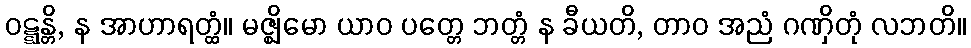
ဝဋ္ဋန္တိ, န အာဟာရတ္ထံ။ မဇ္ဈိမော ယာဝ ပတ္တေ ဘတ္တံ န ခီယတိ, တာဝ အညံ ဂဏှိတုံ လဘတိ။